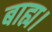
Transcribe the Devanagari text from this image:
बाह्य।